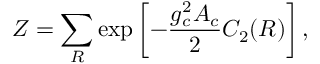
{ \cal Z } = \sum _ { R } \exp \left[ - { \frac { g _ { c } ^ { 2 } A _ { c } } { 2 } } C _ { 2 } ( R ) \right] ,